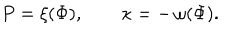
P = \xi ( \Phi ) , \qquad \kappa = - \, \omega ( \Phi ) .